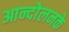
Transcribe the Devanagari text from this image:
आन्दोलनके